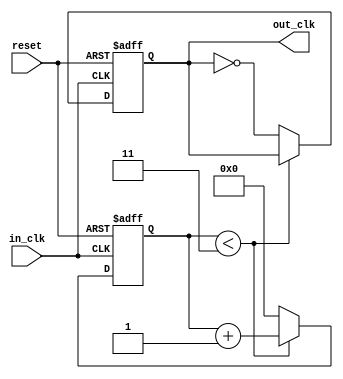
module Divider(
	input reset,     //
	input in_clk,
	output reg out_clk  //
);

	reg[3:0] count;
	
	initial begin
		count = 0;
		out_clk = 0;
	end
	
	always@(posedge in_clk or posedge reset) begin
		if(reset == 1) begin
			out_clk <= 0;
			count <= 0;
		end
		else begin
			if(count < 3)   // 8
				count <= count + 4'b1;
			else begin
				count <= 0;
				out_clk <= ~out_clk;
			end
		end
	end

endmodule